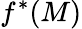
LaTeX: f^{*}(M)